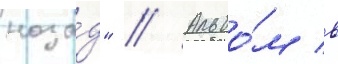
наза́д" // Альбо́м в